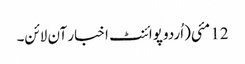
12 مئی(اُردو پوائنٹ اخبار آن لائن۔